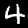
Label: 4